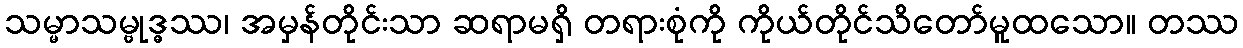
သမ္မာသမ္ဗုဒ္ဓဿ၊ အမှန်တိုင်းသာ ဆရာမရှိ တရားစုံကို ကိုယ်တိုင်သိတော်မူထသော။ တဿ